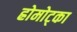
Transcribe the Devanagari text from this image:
ह्रोमोट्का